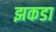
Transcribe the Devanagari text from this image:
झकडा